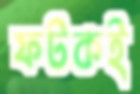
ফটকই